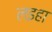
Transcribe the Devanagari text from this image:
लइहा